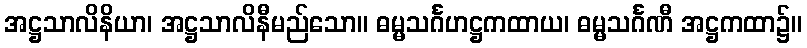
အဋ္ဌသာလိနိယာ၊ အဋ္ဌသာလိနီမည်သော။ ဓမ္မသင်္ဂဟဋ္ဌကထာယ၊ ဓမ္မသင်္ဂဏီ အဋ္ဌကထာ၌။